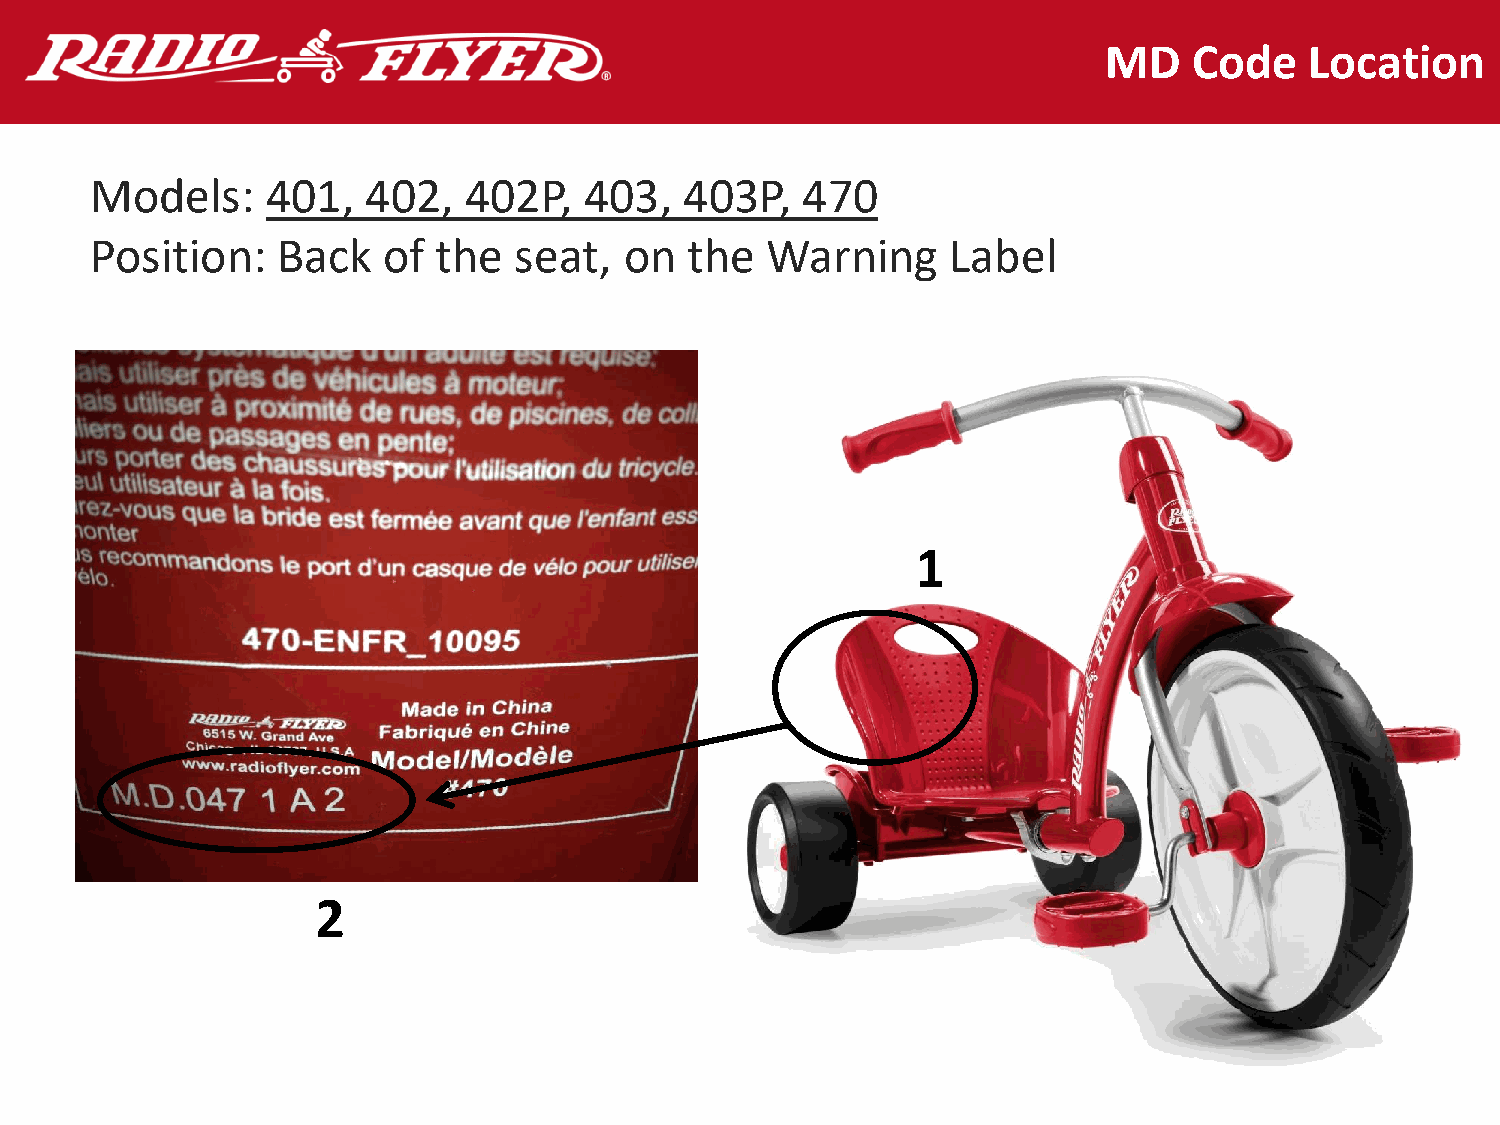
MD    Code    Location
 Models:     401,  402,   402P,   403,  403P,   470
 Position:   Back   of  the  seat,  on   the  Warning     Label
 MD        Code          Location
 1
 Models:       401,     402,    402P,     403,    403P,     470
 Position:       Back    of   the   seat,    on    the
 Warning        Label
 2